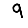
Digit: 9